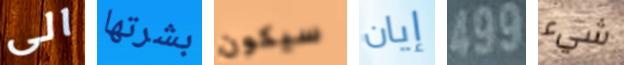
الى بشرتها سيكون إيان 499 شيء